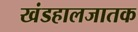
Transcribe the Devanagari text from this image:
खंडहालजातक